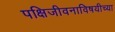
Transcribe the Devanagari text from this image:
पक्षिजीवनाविषयीच्या